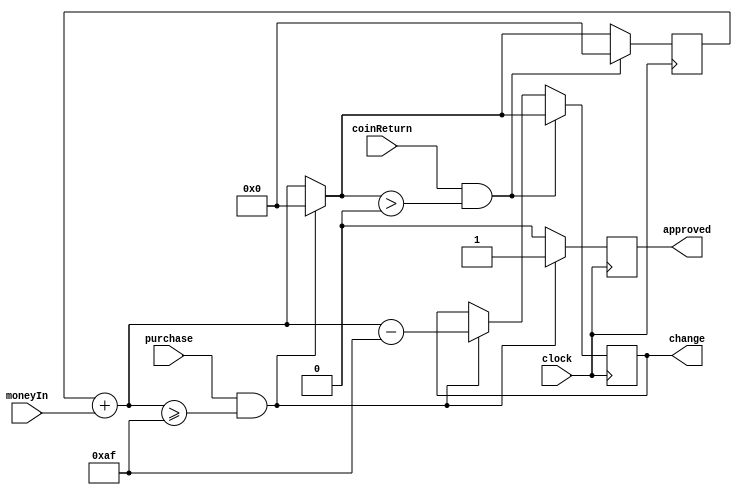
`timescale 1ns / 1ps
//////////////////////////////////////////////////////////////////////////////////
// Company: 
// Engineer: 
// 
// Design Name: 
// Module Name: coinCounter
// Project Name: 
// Target Devices: 
// Tool Versions: 
// Description: 
// 
// Dependencies: 
// 
// Revision:
// Revision 0.01 - File Created
// Additional Comments:
// 
//////////////////////////////////////////////////////////////////////////////////


module coinCounter(
        input clock,
        input [6:0] moneyIn,
        input purchase,
        input coinReturn,
        output reg [9:0] change=0,
        output reg approved = 0
    );

reg [9:0] balance = 0;
    
always @(posedge clock) begin
    balance = balance + moneyIn;
    if(purchase && balance >= 175) begin
        balance = balance - 175;
        change = balance;
        balance = 0;
        approved = 1;
    end
    else approved = 0;
    if(coinReturn && balance > 0) begin
        change = balance;
        balance = 0;
    end
end
    
endmodule